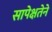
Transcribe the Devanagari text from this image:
सापेक्षतेने